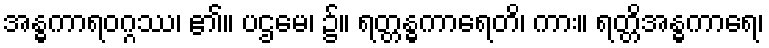
အန္ဓကာရဝဂ္ဂဿ၊ ၏။ ပဌမေ၊ ၌။ ရတ္တန္ဓကာရေတိ၊ ကား။ ရတ္တိအန္ဓကာရေ၊